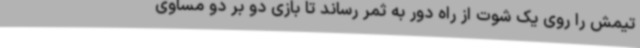
تیمش را روی یک شوت از راه دور به ثمر رساند تا بازی دو بر دو مساوی